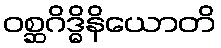
ဝစ္ဆဂိဒ္ဓိနိယောတိ